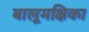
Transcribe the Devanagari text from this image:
बालूमक्षिका